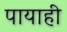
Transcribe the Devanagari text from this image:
पायाही